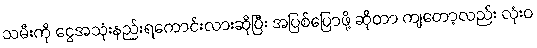
သမီးကို ငွေအသုံးနည်းရကောင်းလားဆိုပြီး အပြစ်ပြောဖို့ ဆိုတာ ကျတော့လည်း လုံးဝ